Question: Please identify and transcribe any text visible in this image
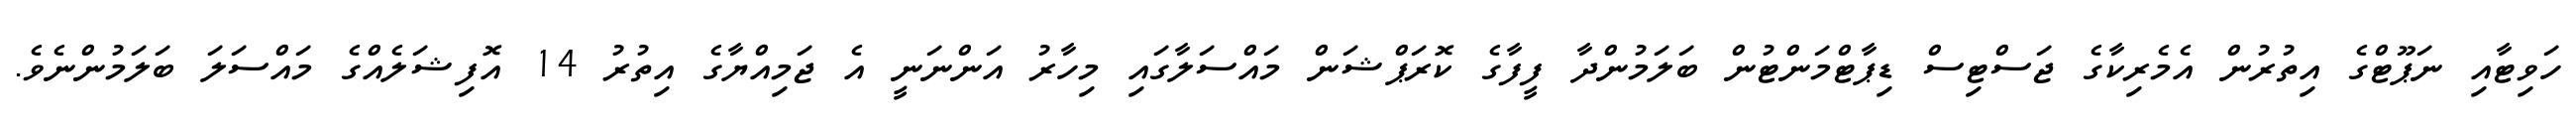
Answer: ހަވިޓާއި ނަޕޫޓްގެ އިތުރުން އެމެރިކާގެ ޖަސްޓިސް ޑިޕާޓްމަންޓުން ބަލަމުންދާ ފީފާގެ ކޮރަޕްޝަން މައްސަލާގައި މިހާރު އަންނަނީ އެ ޖަމިއްޔާގެ އިތުރު 14 އޮފިޝަލެއްގެ މައްސަލަ ބަލަމުންނެވެ.